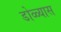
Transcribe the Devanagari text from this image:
डोळ्यास